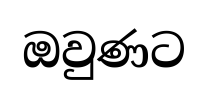
ඔවුණට